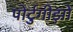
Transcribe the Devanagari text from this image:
पोर्टुगीझो